Madras plague regulations and rules - Volume 2
Disease focus: Plague
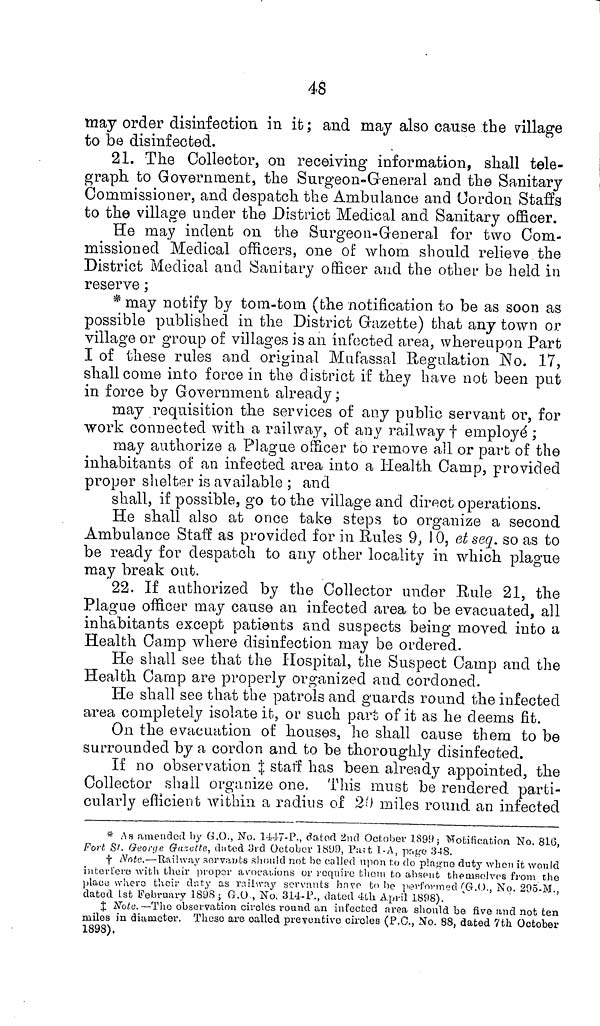
48
may order disinfection in it ; and may also cause the village
to be disinfected.
21. The Collector, on receiving information, shall tele-
graph to Government, the Surgeon-Greneral and the Sanitary
Commissioner, and despatch the Ambulance and Cordon Staffs
to the village under the District Medical and Sanitary officer.
He may indent on the Surgeon-General for two Com-
missioned Medical officers, one of whom should relieve the
District Medical and Sanitary officer and the other be held in
reserve ;
* may notify by tom-tom (the notification to be as soon as
possible published in the District Gazette) that any town or
village or group of villages is an infected area, whereupon Part
I of these rules and original Mufassal Regulation No. 17,
shall come into force in the district if they have not been put
in force by Government already ;
may requisition the services of any public servant or, for
work connected with a railway, of any railway † employé ;
may authorize a Plague officer to remove all or part of the
inhabitants of an infected area into a Health Camp, provided
proper shelter is available ; and
shall, if possible, go to the village and direct operations.
He shall also at once take steps to organize a second
Ambulance Staff as provided for in Rules 9, 10, et seq. so as to
be ready for despatch to any other locality in which plague
may break out.
22. If authorized by the Collector under Rule 21, the
Plague officer may cause an infected area to be evacuated, all
inhabitants except patients and suspects being moved into a
Health Camp where disinfection may be ordered.
He shall see that the Hospital, the Suspect Camp and the
Health Camp are properly organized and cordoned.
He shall see that the patrols and guards round the infected
area completely isolate it, or such part of it as he deems fit.
On the evacuation of houses, he shall cause them to be
surrounded by a cordon and to be thoroughly disinfected.
If no observation ‡ staff has been already appointed, the
Collector shall organize one. This must be rendered parti-
cularly efficient within a radius of 20 miles round an infected
* As amended by G.O., No. 1447-P., dated 2nd October 1899 ; Notification No. 816,
Fort St. George Gazette, dated 3rd October 1899, Part I-A, page 348.
† Note.—Railway servants should not be called upon to do plague duty when it would
interfere with their proper a vocations or require them to absent themselves from the
place where their daty as railway servants have to be performed (G.O., No. 295-M.,
dated 1st February 1898 ; G.O , No. 314-P., dated 4th April 1898).
‡ Note.—The observation circles round an infected area should be five and not ten
miles in diameter. These are called preventive circles (P.O., No. 88, dated 7th October
1898).